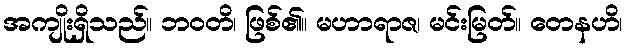
အကျိုးရှိသည်။ ဘဝတိ၊ ဖြစ်၏။ မဟာရာဇ၊ မင်းမြတ်။ တေနဟိ၊